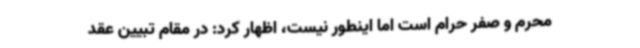
محرم و صفر حرام است اما اینطور نیست، اظهار کرد: در مقام تبیین عقد